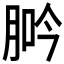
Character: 𦛽